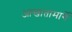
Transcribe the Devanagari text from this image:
आखातामार्गे